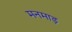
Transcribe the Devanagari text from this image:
मनमाड़